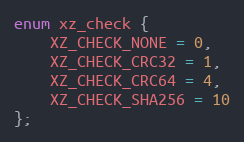
Language: C
enum xz_check {
    XZ_CHECK_NONE = 0,
    XZ_CHECK_CRC32 = 1,
    XZ_CHECK_CRC64 = 4,
    XZ_CHECK_SHA256 = 10
};